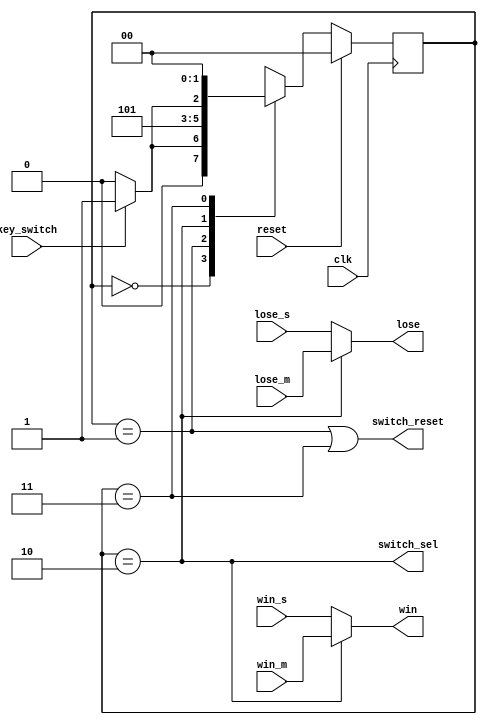
module switch(/*autoport*/
//output
			switch_reset,
			switch_sel,
			win,
			lose,
//input
			key_switch,
			clk,
			reset,
			win_s,
			win_m,
			lose_s,
			lose_m); 
	input key_switch,clk,reset,win_s,win_m,lose_s,lose_m;
	output switch_reset,switch_sel,win,lose;
	reg[1:0] state;
	assign switch_sel=(state==2);
	assign switch_reset=(state==1||state==3);
/* // can not work
   wire win,lose;
	assign win=switch_sel?win_m:win_s;
	assign lose=switch_sel?lose_m:lose_s;*/
	reg win=0,lose=0;
	always @(*) begin
		if(switch_sel) begin
			win<=win_m;
			lose<=lose_m;
		end
		else begin
			win<=win_s;
			lose<=lose_s;
		end
	end
	always @(posedge clk) begin
		if (reset) begin
			state=0;
		end
		else begin
			case(state)
				0: begin
					if(key_switch) begin
						state=1;
					end
					else begin
						state=0;
					end
				end
				1: begin
					state=2;
				end
				2: begin
					if(key_switch) begin
						state=3;
					end
					else begin
						state=2;
					end
				end
				3: begin
					state=0;
				end
			endcase
		end
	end
endmodule